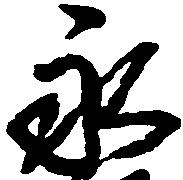
永